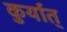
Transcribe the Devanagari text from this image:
कुर्यात्‌